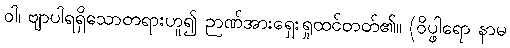
ဝါ၊ ဗျာပါရရှိသောတရားဟူ၍ ဉာဏ်အားရှေးရှုထင်တတ်၏။ (ဝိပ္ဖါရော နာမ